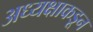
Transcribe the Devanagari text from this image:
अध्यक्षाकडून